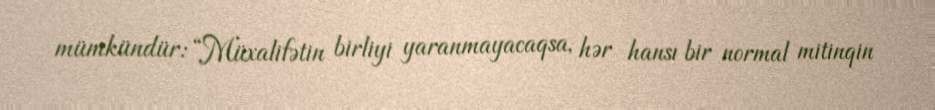
mümkündür: “Müxalifətin birliyi yaranmayacaqsa, hər hansı bir normal mitinqin